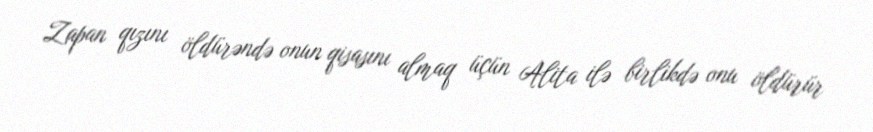
Zapan qızını öldürəndə onun qisasını almaq üçün Alita ilə birlikdə onu öldürür